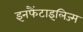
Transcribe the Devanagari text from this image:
इनफैंटाइलिज्म